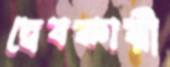
দ্বেষকারী